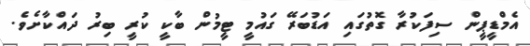
އެމްޑީޕީން ސިފަކުރާ ގޮތުގައި އަޑުބަރޭ ގައުމީ ޓީމުން ބާކީ ކުރީ ބިރު ދައްކާށެވެ.